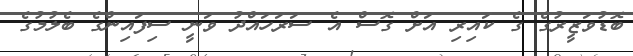
ބޮޑުވަޒީރުގެ ގެ ކައިރި އަށް ގޮސް އެ ސަރަހައްދު ވަނީ ސިފައިންގެ ބެލުމުގެ